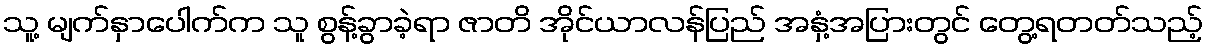
သူ့ မျက်နှာပေါက်က သူ စွန့်ခွာခဲ့ရာ ဇာတိ အိုင်ယာလန်ပြည် အနှံ့အပြားတွင် တွေ့ရတတ်သည့်